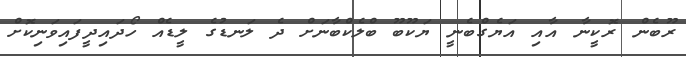
ރޫބެން ރޮކީނާ އާއި އަޔެގްބެނީ ޔަކޫބޫ ބްލެކްބާނަށް ދެ ލަނޑުގެ ލީޑެއް ހޯދައިދީފައިވަނިކޮށް